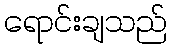
ရောင်းချသည်